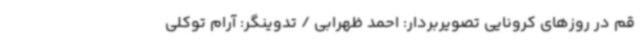
قم در روزهای کرونایی تصویربردار: احمد ظهرابی / تدوینگر: آرام توکلی